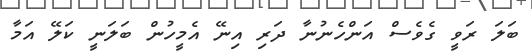
ބަލަ ރަވީ ގެވެސް އަންހެނުނާ ދަރި އިނޭ އެމީހުން ބަލަނީ ކަލޭ އަމާ